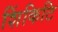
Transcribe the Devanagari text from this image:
शिंकिटि